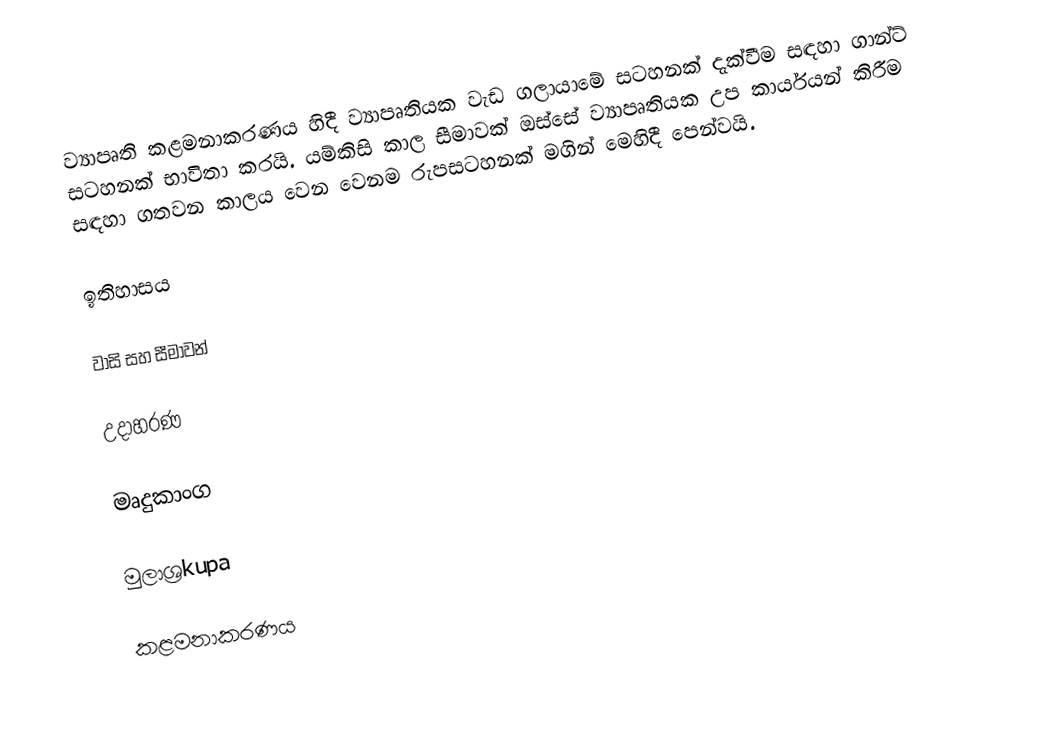
ව්‍යාපෘති කළමනාකරණය හිදී ව්‍යාපෘතියක වැඩ ගලායාමේ සටහනක් දැක්වීම සඳහා ගාන්ට් සටහනක් භාවිතා කරයි. යම්කිසි කාල සීමාවක් ඔස්සේ ව්‍යාපෘතියක උප කාර්යයන් කිරීම සඳහා ගතවන කාලය වෙන වෙනම රුපසටහනක් මගින් මෙහිදී පෙන්වයි.

ඉතිහාසය

වාසි සහ සීමාවන්

උදාහරණ

මෘදුකාංග

මුලාශ්‍රkupa

කළමනාකරණය